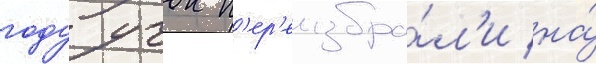
году учок п'ер'еизбра́л'и на́